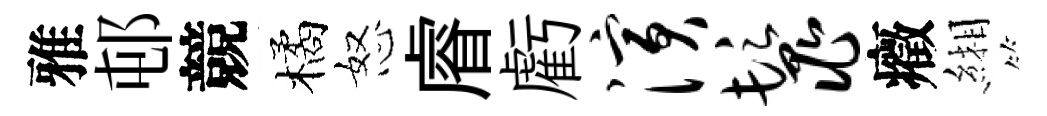
雅邨競橘怒𥈠虧演鬣癥緗